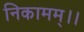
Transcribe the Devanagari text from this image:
निकामम्।।